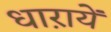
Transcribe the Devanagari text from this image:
धाऱायें